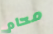
محام